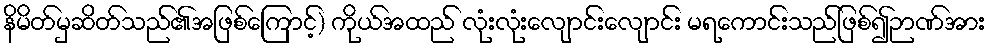
နိမိတ်မှဆိတ်သည်၏အဖြစ်ကြောင့်) ကိုယ်အထည် လုံးလုံးလျောင်းလျောင်း မရကောင်းသည်ဖြစ်၍ဉာဏ်အား